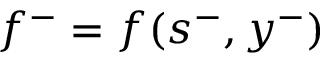
f ^ { - } = f ( s ^ { - } , y ^ { - } )